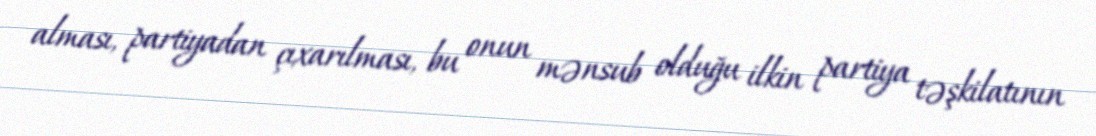
alması, partiyadan çıxarılması, bu onun mənsub olduğu ilkin partiya təşkilatının